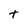
Character: t